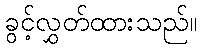
ခွင့်လွှတ်ထားသည်။